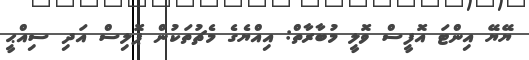
ޔޭޔޭ އިންޓަ އޮފީސް ވޮލީ މުބާރާތް: އިއްޔެގެ މެޗުތަކުން ޕޮލިސް އަދި ސިއްޙީ